Vaccination Hyderabad 1890-1903 - 1890-1903
Year: 1890
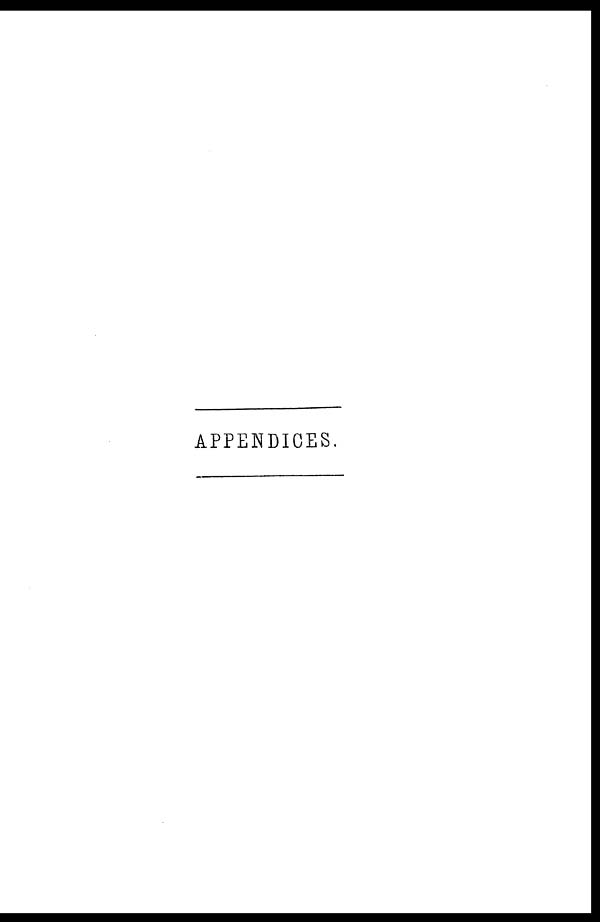
APPENDICES.